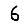
Digit: 6